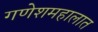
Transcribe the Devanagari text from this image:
गणेशमहालात